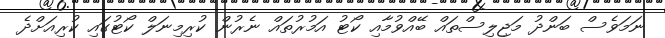
ނަމަވެސް ބަންދު މަޖިލިސްތައް ބޭއްވުމާއި ކޯޓު އަމުރުތައް ނެރުން ކުރިމިނަލް ކޯޓުގައި ކުރިއަށްދެ